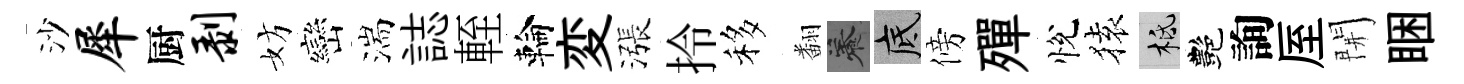
沙犀厨剥妨巒湍誌輊輪変漲拎移翻養底傍殫悅𫞤柢艷詢厔開睏